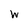
Character: W